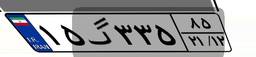
۳۸گ۸۱۷۴۵